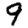
Digit: 9